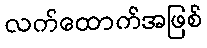
လက်ထောက်အဖြစ်